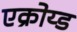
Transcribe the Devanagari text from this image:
एक्रोय्ड